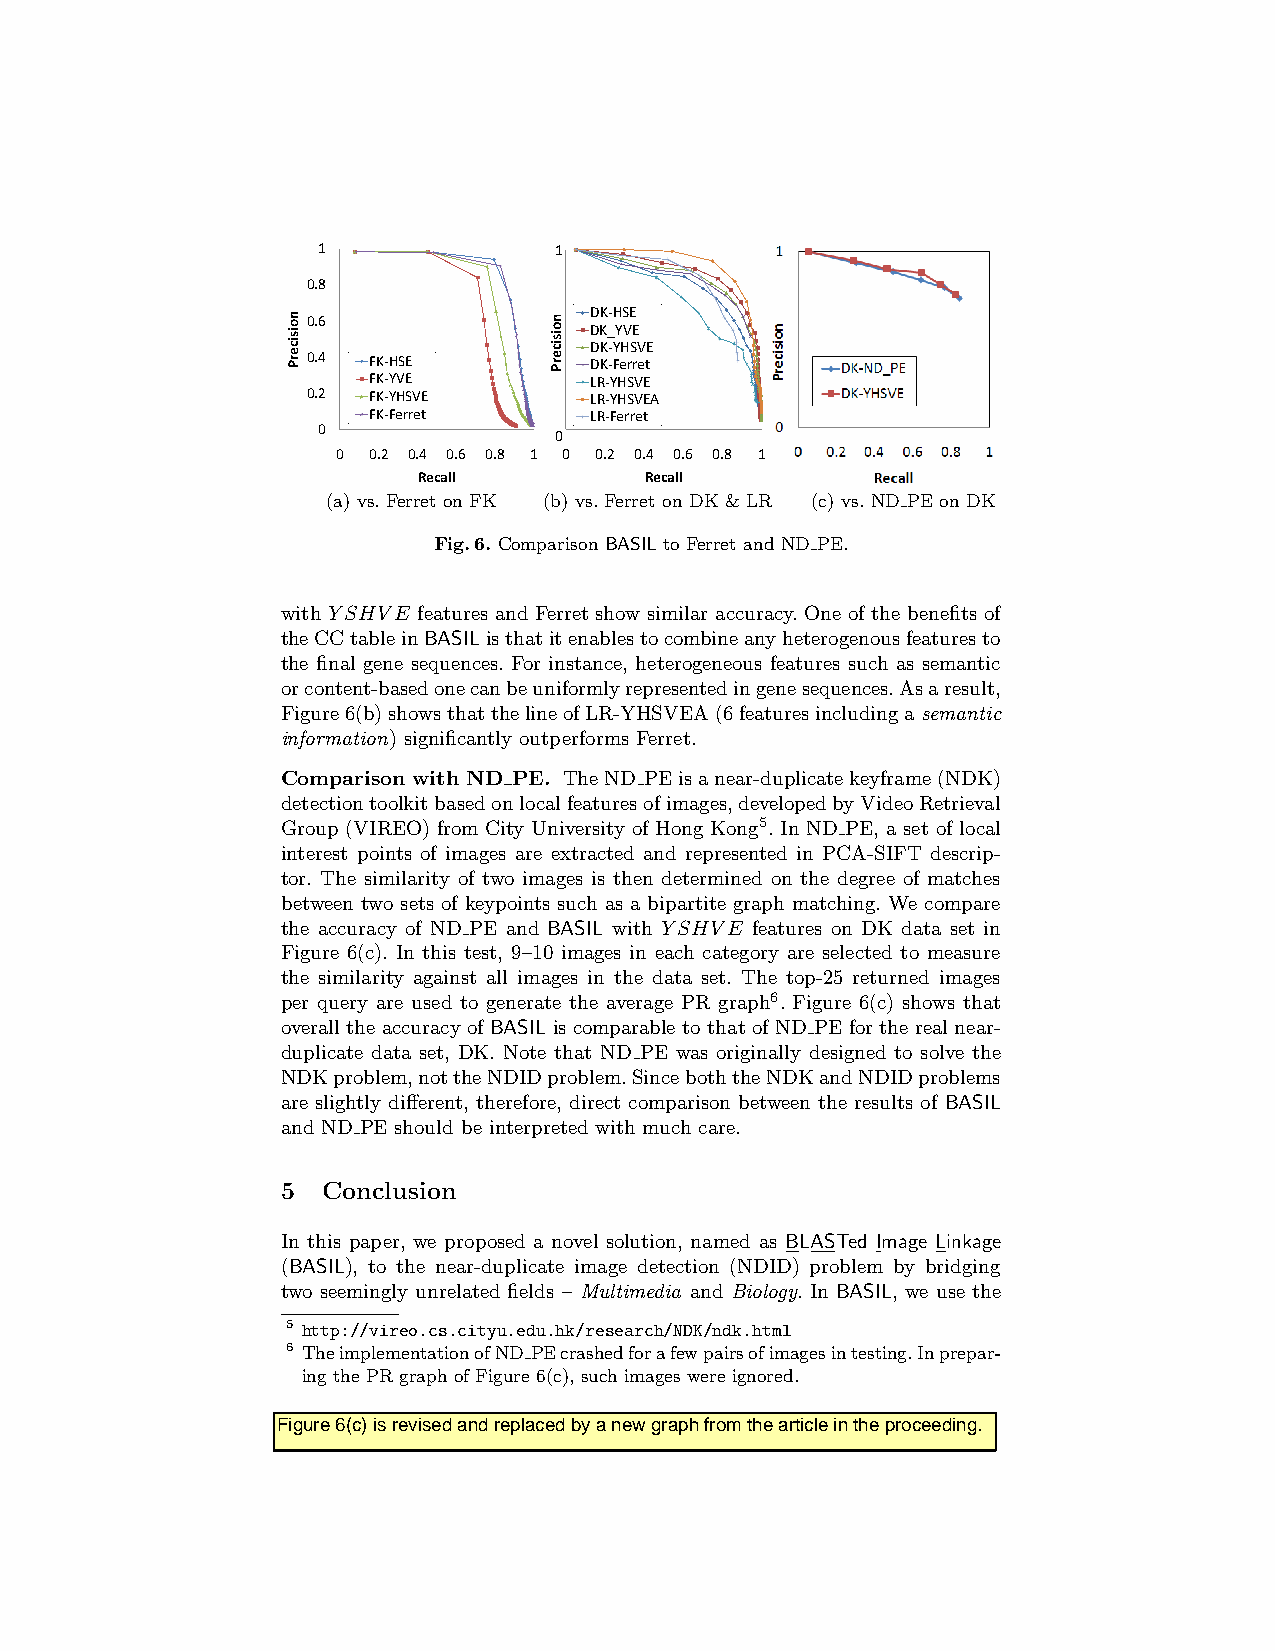
1              11
 0.8            0.8
 DK‐HSE 00.66 00.66
 DK_YVE
 DK‐YHSVE
 0.4 FFKK‐HHSSEE 0.4 DDKK‐‐FFeerrrreett
 FK‐YVE         LR‐YHSVE
 0.2 FK‐YHSVE   0.2 LR‐YHSVEA
 FK‐Ferret      LR‐Ferret
 0              0 0
 00 00.22 00.44 00.66 00.88 11 00 00.22 00.44 00.66 00.88 11
 Recall         Recall
 (a) vs. Ferret on FK (b) vs. Ferret on DK & LR (c) vs. ND PE on DK
 Fig.6. Comparison BASIL to Ferret and ND PE.
 with YSHVE features and Ferret show similar accuracy. One of the benefits of
 theCCtableinBASIListhatitenablestocombineanyheterogenousfeaturesto
 the final gene sequences. For instance, heterogeneous features such as semantic
 orcontent-basedonecanbeuniformlyrepresentedingenesequences.Asaresult,
 Figure6(b)showsthatthelineofLR-YHSVEA(6featuresincludingasemantic
 information) significantly outperforms Ferret.
 Comparison with ND PE. TheND PEisanear-duplicatekeyframe(NDK)
 detectiontoolkitbasedonlocalfeaturesofimages,developedbyVideoRetrieval
 Group (VIREO) from City University of Hong Kong5. In ND PE, a set of local
 interest points of images are extracted and represented in PCA-SIFT descrip-
 tor. The similarity of two images is then determined on the degree of matches
 between two sets of keypoints such as a bipartite graph matching. We compare
 the accuracy of ND PE and BASIL with YSHVE features on DK data set in
 Figure 6(c). In this test, 9–10 images in each category are selected to measure
 the similarity against all images in the data set. The top-25 returned images
 per query are used to generate the average PR graph6. Figure 6(c) shows that
 overall the accuracy of BASIL is comparable to that of ND PE for the real near-
 duplicate data set, DK. Note that ND PE was originally designed to solve the
 NDKproblem,nottheNDIDproblem.SinceboththeNDKandNDIDproblems
 are slightly different, therefore, direct comparison between the results of BASIL
 and ND PE should be interpreted with much care.
 5 Conclusion
 In this paper, we proposed a novel solution, named as BLASTed Image Linkage
 (BASIL), to the near-duplicate image detection (NDID) problem by bridging
 two seemingly unrelated fields – Multimedia and Biology. In BASIL, we use the
 5 http://vireo.cs.cityu.edu.hk/research/NDK/ndk.html
 6 TheimplementationofND PEcrashedforafewpairsofimagesintesting.Inprepar-
 ing the PR graph of Figure 6(c), such images were ignored.
 nooisicerPP    nooisicerPP noisicerPP